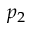
p _ { 2 }